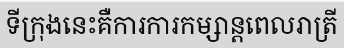
ទីក្រុងនេះគឺការការកម្សាន្តពេលរាត្រី